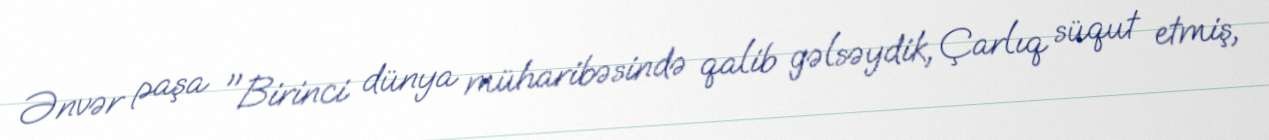
Ənvər paşa "Birinci dünya müharibəsində qalib gəlsəydik, Çarlıq süqut etmiş,